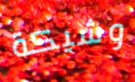
وشيكة